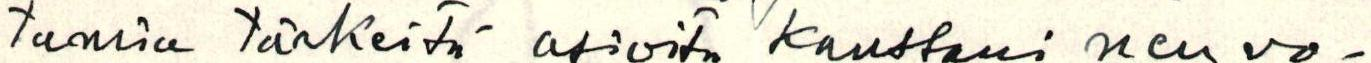
tamia tärkeitä asioita kanssani neuvo-